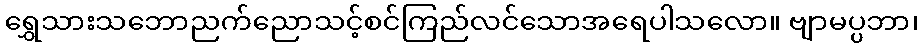
ရွှေသားသဘောညက်ညောသင့်စင်ကြည်လင်သောအရေပါသလော။ ဗျာမပ္ပဘာ၊